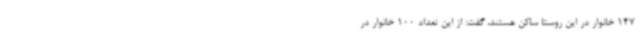
147 خانوار در این روستا ساکن هستند، گفت: از این تعداد 100 خانوار در